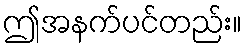
ဤအနက်ပင်တည်း။